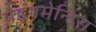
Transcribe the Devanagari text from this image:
प्रेइंगमेन्टिस